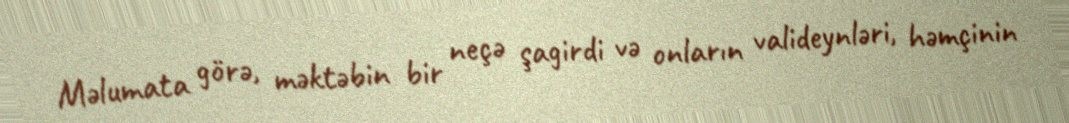
Məlumata görə, məktəbin bir neçə şagirdi və onların valideynləri, həmçinin